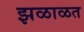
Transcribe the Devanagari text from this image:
झळाळत